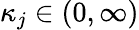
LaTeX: \kappa_{j}\in(0,\infty)